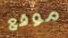
موقع